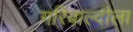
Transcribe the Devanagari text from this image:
गरिबाल्दीला